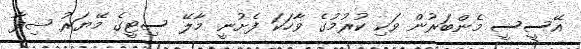
އޭސީސީ މެންބަރުން ވަކި ކުރުމުގެ ވާހަކަ ފެށުނީ މާލޭ ސިޓީގެ މޭޔަރު ޝިފާ